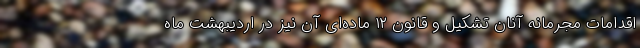
اقدامات مجرمانه آنان تشکیل و قانون ۱۲ ماده‌ای آن نیز در اردیبهشت ماه